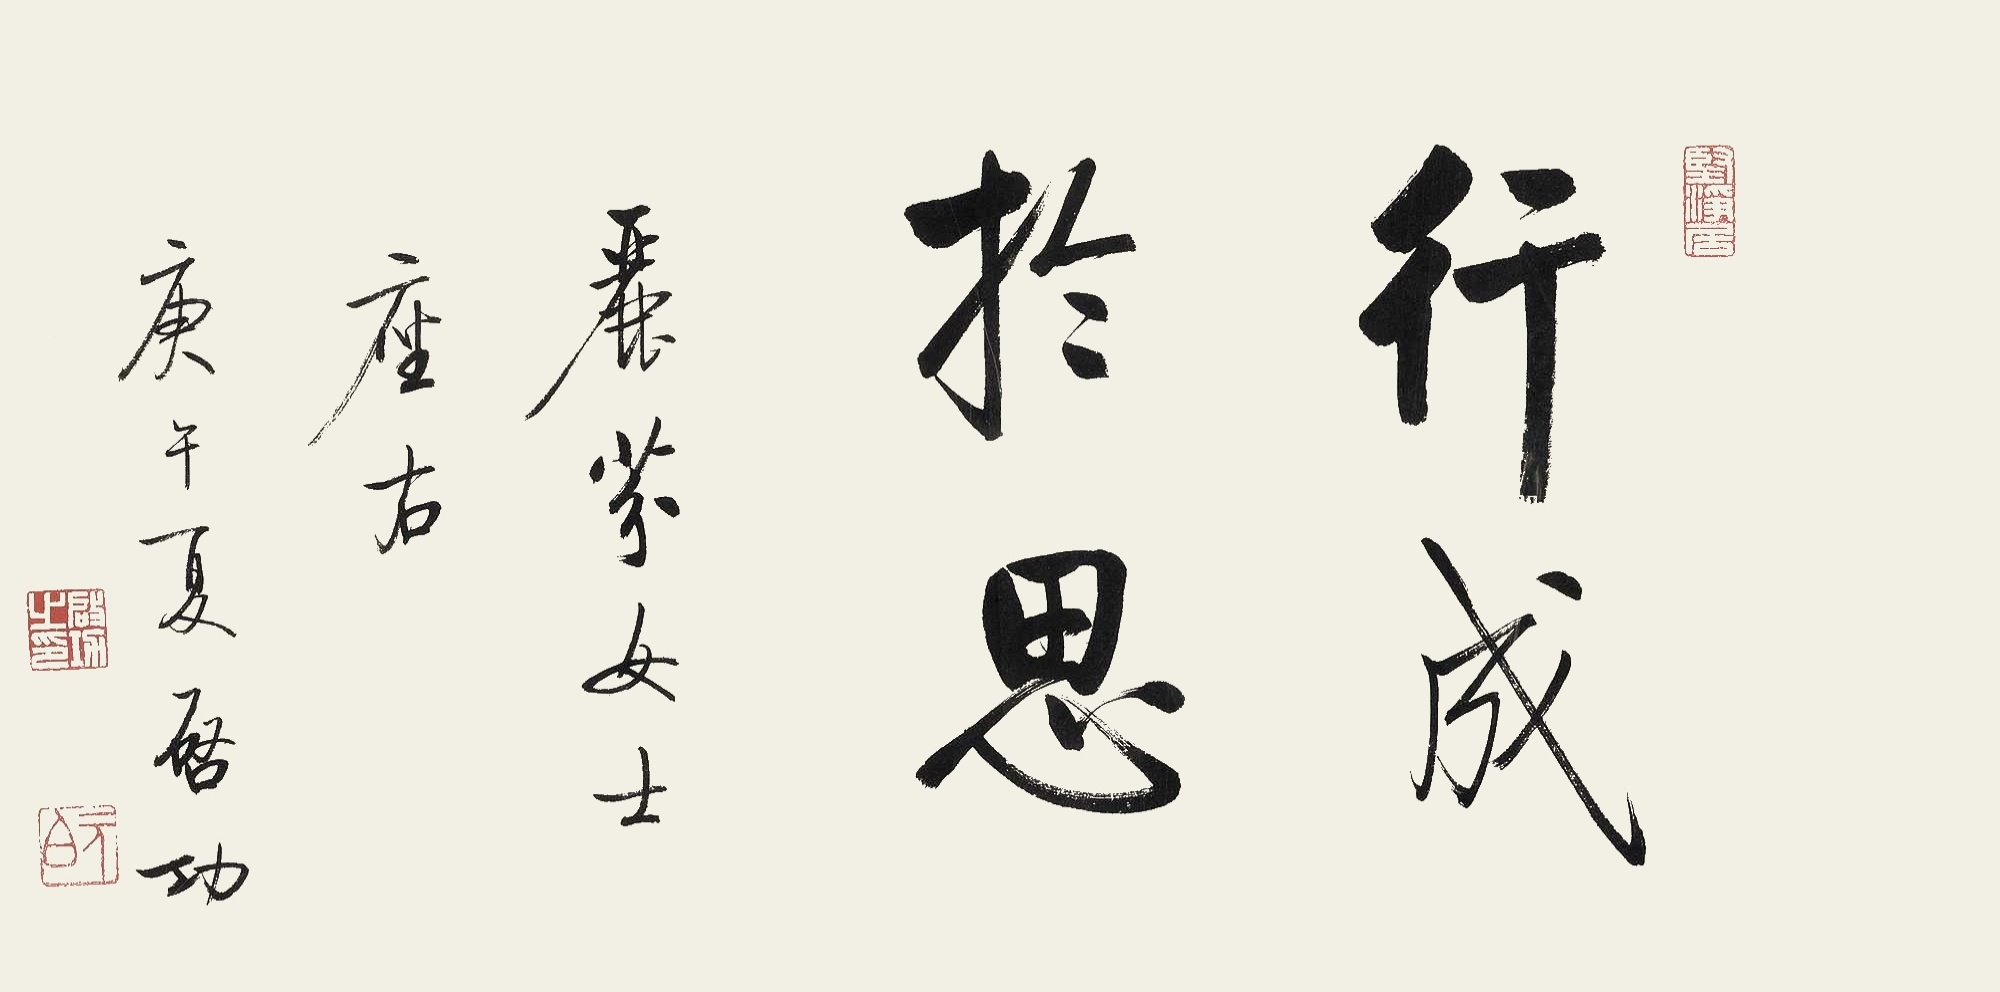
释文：行成于思，丽芬女士座右，庚午夏，启功。